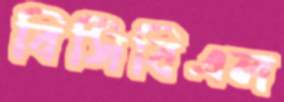
বিসিবিএল